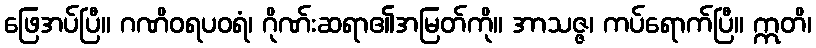
ဖြေအပ်ပြီ။ ဂဏိဝရပဝရံ၊ ဂိုဏ်းဆရာ၏အမြတ်ကို။ အာသဇ္ဇ၊ ကပ်ရောက်ပြီ။ ဣတိ၊